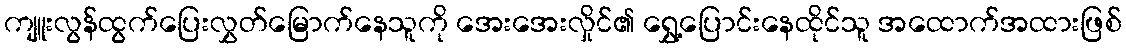
ကျူးလွန်ထွက်ပြေးလွှတ်မြောက်နေသူကို အေးအေးလှိုင်၏ ရွှေ့ပြောင်းနေထိုင်သူ အထောက်အထားဖြစ်